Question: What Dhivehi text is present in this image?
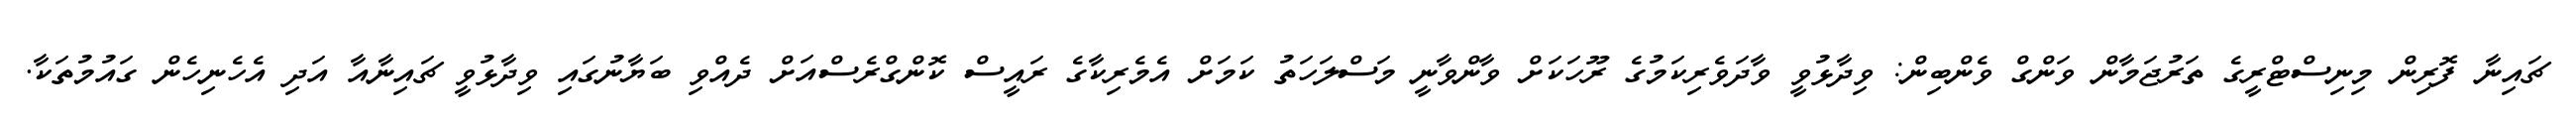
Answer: ޗައިނާ ފޮރިން މިނިސްޓްރީގެ ތަރުޖަމާން ވަންގް ވެންބިން: ވިދާޅުވީ ވާދަވެރިކަމުގެ ރޫހަކަށް ވާންވާނީ މަސްލަހަތު ކަމަށް އެމެރިކާގެ ރައީސް ކޮންގްރެސްއަށް ދެއްވި ބަޔާނުގައި ވިދާޅުވީ ޗައިނާއާ އަދި އެހެނިހެން ގައުމުތަކާ.